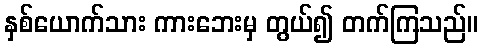
နှစ်ယောက်သား ကားဘေးမှ တွယ်၍ တက်ကြသည်။